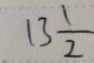
= 1 3 \frac { 1 } { 2 }